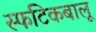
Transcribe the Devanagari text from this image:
स्फटिकबालू